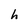
Character: h